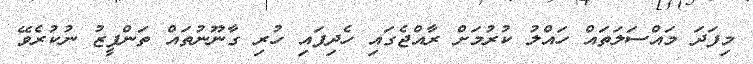
މިފަދަ މައްސަލަތައް ހައްލު ކުރުމަށް ރާއްޖެގައި ހެދިފައި ހުރި ގާނޫނުތައް ތަންފީޒު ނުކުރެވޭ